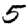
Digit: 5